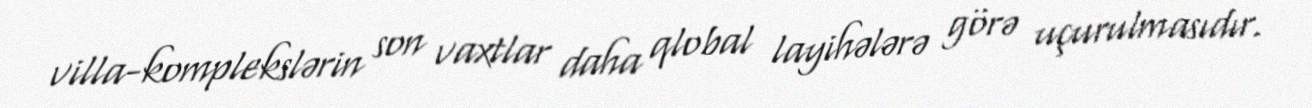
villa-komplekslərin son vaxtlar daha qlobal layihələrə görə uçurulmasıdır.